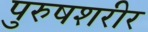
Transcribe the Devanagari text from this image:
पुरुषशरीर